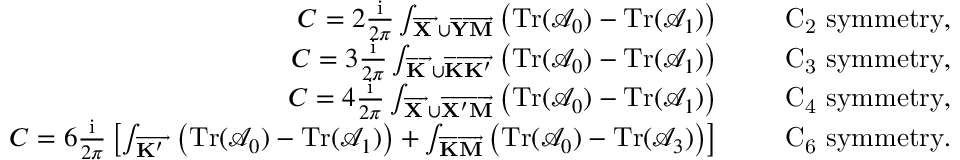
\begin{array} { r } { C = 2 \frac { \mathrm { i } } { 2 \pi } \int _ { \overrightarrow { \bf X \Gamma } \cup \overrightarrow { \bf Y M } } \left( \mathrm { T r } ( \mathcal { A } _ { 0 } ) - \mathrm { T r } ( \mathcal { A } _ { 1 } ) \right) \quad \quad \mathrm { ~ C _ 2 ~ s y m m e t r y } , } \\ { C = 3 \frac { \mathrm { i } } { 2 \pi } \int _ { \overrightarrow { \bf K \Gamma } \cup \overrightarrow { \bf K K ^ { \prime } } } \left( \mathrm { T r } ( \mathcal { A } _ { 0 } ) - \mathrm { T r } ( \mathcal { A } _ { 1 } ) \right) \quad \quad \mathrm { ~ C _ 3 ~ s y m m e t r y } , } \\ { C = 4 \frac { \mathrm { i } } { 2 \pi } \int _ { \overrightarrow { \bf X \Gamma } \cup \overrightarrow { \bf X ^ { \prime } M } } \left( \mathrm { T r } ( \mathcal { A } _ { 0 } ) - \mathrm { T r } ( \mathcal { A } _ { 1 } ) \right) \quad \quad \mathrm { ~ C _ 4 ~ s y m m e t r y } , } \\ { C = 6 \frac { \mathrm { i } } { 2 \pi } \left[ \int _ { \overrightarrow { \bf K ^ { \prime } \Gamma } } \left( \mathrm { T r } ( \mathcal { A } _ { 0 } ) - \mathrm { T r } ( \mathcal { A } _ { 1 } ) \right) + \int _ { \overrightarrow { \bf K M } } \left( \mathrm { T r } ( \mathcal { A } _ { 0 } ) - \mathrm { T r } ( \mathcal { A } _ { 3 } ) \right) \right] \quad \quad \mathrm { ~ C _ 6 ~ s y m m e t r y } . } \end{array}